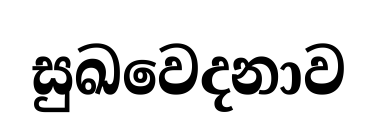
සුඛවෙදනාව